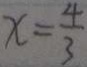
x = \frac { 4 } { 3 }